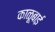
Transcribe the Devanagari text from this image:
काळूबाई